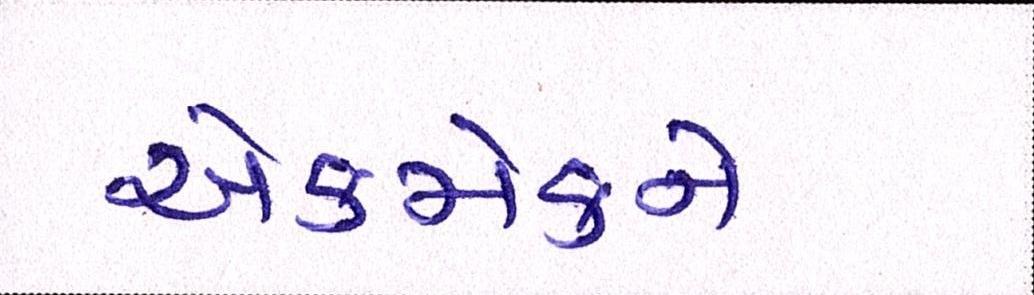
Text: એકમેકને